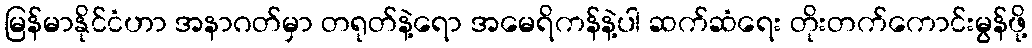
မြန်မာနိုင်ငံဟာ အနာဂတ်မှာ တရုတ်နဲ့ရော အမေရိကန်နဲ့ပါ ဆက်ဆံရေး တိုးတက်ကောင်းမွန်ဖို့